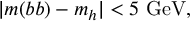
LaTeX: | m ( { b b } ) - m _ { h } | < 5 ~ \mathrm { { G e V } } ,